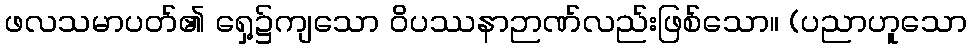
ဖလသမာပတ်၏ ရှေ့၌ကျသော ဝိပဿနာဉာဏ်လည်းဖြစ်သော။ (ပညာဟူသော